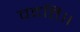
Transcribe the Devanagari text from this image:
वदति॥